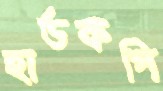
হার্ডকপি